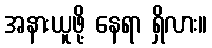
အနားယူဖို့ နေရာ ရှိလား။